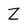
Character: Z